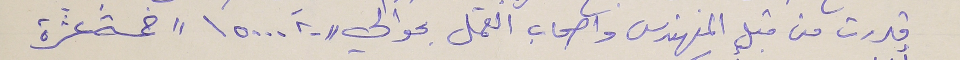
قدرت من قبل المهندس واصحاب العمل بحوالي "١٥٠٠٠.٠٠" خمسة عشرة